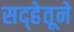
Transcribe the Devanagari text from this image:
सद्‍हेतूने